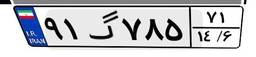
۹۹گ۶۱۵۰۳